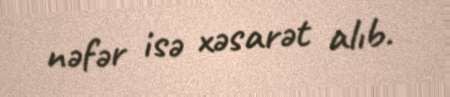
nəfər isə xəsarət alıb.